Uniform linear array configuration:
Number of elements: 32
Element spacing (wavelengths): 0.75
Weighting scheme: exponential
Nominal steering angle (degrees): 0
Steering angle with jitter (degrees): -0.4231
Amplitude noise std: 0.05
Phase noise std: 0.05

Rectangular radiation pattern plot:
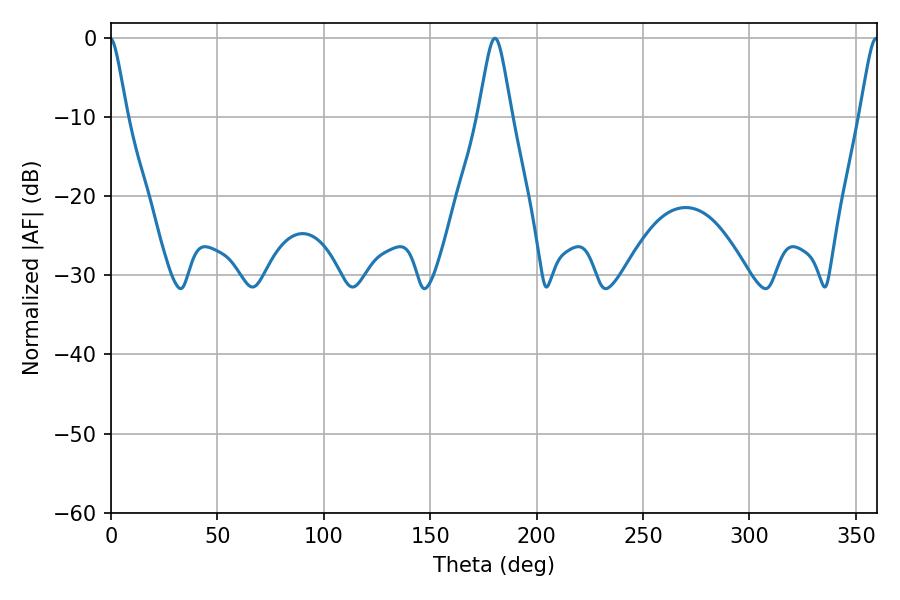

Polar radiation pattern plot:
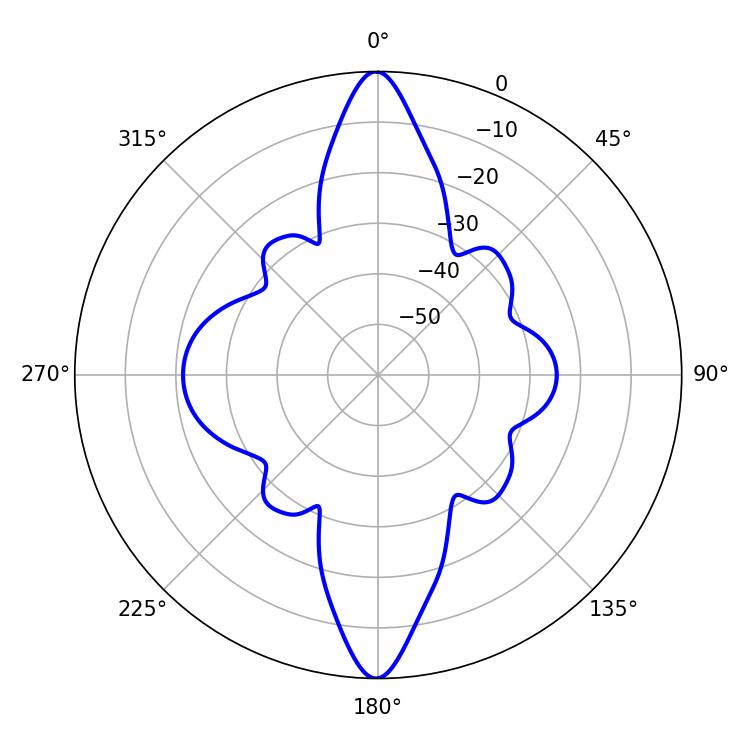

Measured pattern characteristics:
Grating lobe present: TRUE
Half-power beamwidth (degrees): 7.56
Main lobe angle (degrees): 180.36